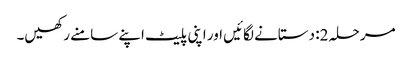
مرحلہ 2: دستانے لگائیں اور اپنی پلیٹ اپنے سامنے رکھیں۔